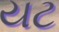
યટ